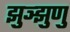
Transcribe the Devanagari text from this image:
झुञ्झुणु